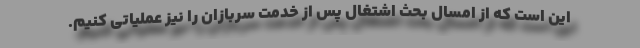
این است که از امسال بحث اشتغال پس از خدمت سربازان را نیز عملیاتی کنیم.